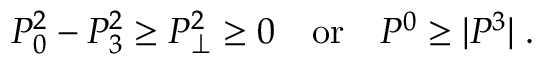
P _ { 0 } ^ { 2 } - P _ { 3 } ^ { 2 } \ge P _ { \perp } ^ { 2 } \ge 0 \quad \mathrm { o r } \quad P ^ { 0 } \ge | P ^ { 3 } | \; .